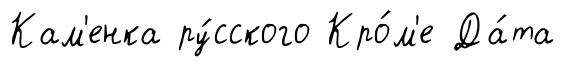
Кам'енка ру́сского Кро́м'е Да́та